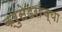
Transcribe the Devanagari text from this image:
क्रुसेडरांच्या